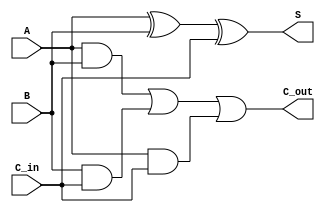

module fullAdder(input A, input B, input C_in, output C_out, output S);

assign C_out = (A & B)|(B & C_in)|(A & C_in);

assign S = A ^ B ^ C_in;

endmodule